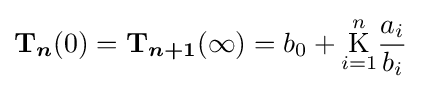
{\boldsymbol {\mathrm {T} }}_{\boldsymbol {n}}(0)={\boldsymbol {\mathrm {T} }}_{\boldsymbol {n+1}}(\infty )=b_{0}+{\underset {i=1}{\overset {n}{\operatorname {K} }}}{\frac {a_{i}}{b_{i}}}